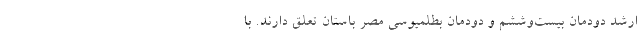
ارشد دودمان بیست‌وششم و دودمان بطلمیوسی مصر باستان تعلق دارند. با